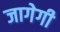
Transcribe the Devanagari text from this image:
जागेगी